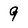
Character: 9